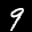
Label: 9